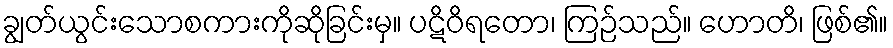
ချွတ်ယွင်းသောစကားကိုဆိုခြင်းမှ။ ပဋိဝိရတော၊ ကြဉ်သည်။ ဟောတိ၊ ဖြစ်၏။